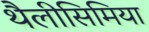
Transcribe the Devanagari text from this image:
थैलीसिमिया